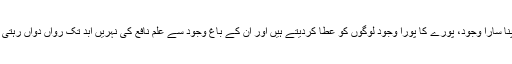
وہ اپنا سارا وجود، پورے کا پورا وجود لوگوں کو عطا کردیتے ہیں اور ان کے باغ وجود سے علم نافع کی نہریں ابد تک رواں دواں رہتی ہیں۔